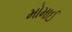
મોમાઈ